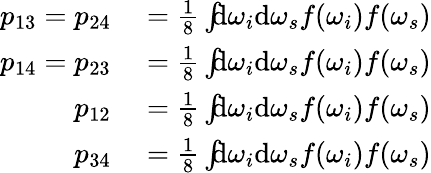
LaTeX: \begin{array}{rl}{p_{13}=p_{24}}&{{}=\frac{1}{8}\int\! \! \! \mathrm{d}\omega_{i}\mathrm{d}\omega_{s}f(\omega_{i})f(\omega_{s})}\\ {p_{14}=p_{23}}&{{}=\frac{1}{8}\int\! \! \! \mathrm{d}\omega_{i}\mathrm{d}\omega_{s}f(\omega_{i})f(\omega_{s})}\\ {p_{12}}&{{}=\frac{1}{8}\int\! \! \! \mathrm{d}\omega_{i}\mathrm{d}\omega_{s}f(\omega_{i})f(\omega_{s})}\\ {p_{34}}&{{}=\frac{1}{8}\int\! \! \! \mathrm{d}\omega_{i}\mathrm{d}\omega_{s}f(\omega_{i})f(\omega_{s})}\end{array}